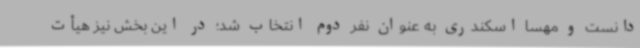
دانست و مهسا اسکندری به عنوان نفر دوم انتخاب شد؛ در این بخش نیز هیأت